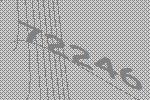
72246